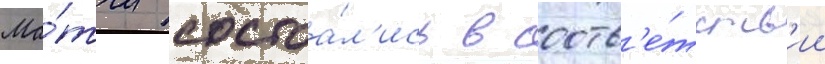
Ма́тчи состоа́л'ись в соотв'е́тств'ии